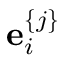
{ { \bf e } } _ { i } ^ { \{ j \} }